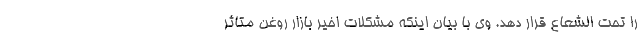
را تحت الشعاع قرار دهد. وی با بیان اینکه مشکلات اخیر بازار روغن متاثر